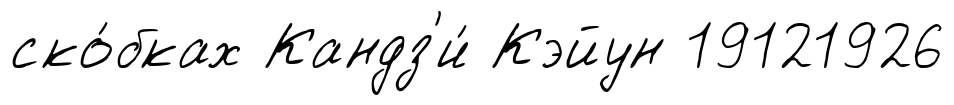
ско́бках Кандз'и́ Кэйун 19121926